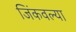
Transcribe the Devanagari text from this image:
जिंकवल्या